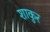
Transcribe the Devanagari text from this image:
शाकुर